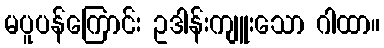
မပူပန်ကြောင်း ဥဒါန်းကျူးသော ဂါထာ။